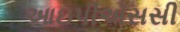
આઇપીએસસી